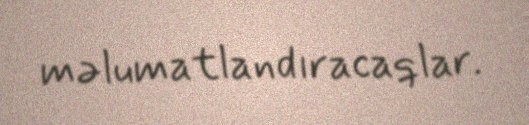
məlumatlandıracaqlar.